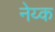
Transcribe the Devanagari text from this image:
नेय्क